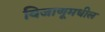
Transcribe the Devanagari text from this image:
विजाणूमधील